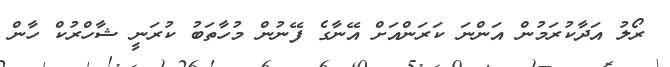
ރޯލު އަދާކުރަމުން އަންނަ ކަރަންއަށް އޭނާގެ ފޭނުން މުހާތަބު ކުރަނީ ޝާހްރުކް ހާން